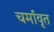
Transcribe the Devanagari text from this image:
चर्मावृत